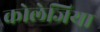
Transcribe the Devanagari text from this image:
कोलेजिया